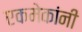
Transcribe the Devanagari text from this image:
एकमेकांनी